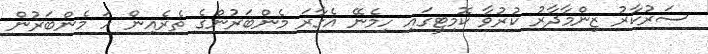
ސަރުކާރު ޒިންމާދާރު ކުރުވާ ކޮމިޓީގައި ހިމެނޭ އެގާރަ މެންބަރުންގެ ތެރެއިން ހަ މެންބަރުން